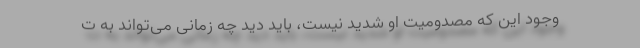
وجود این که مصدومیت او شدید نیست، باید دید چه زمانی می‌تواند به ت